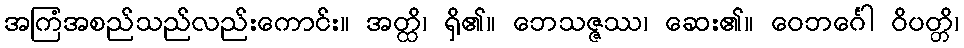
အကြံအစည်သည်လည်းကောင်း။ အတ္ထိ၊ ရှိ၏။ ဘေသဇ္ဇဿ၊ ဆေး၏။ ဝေဘင်္ဂေါ ဝိပတ္တိ၊